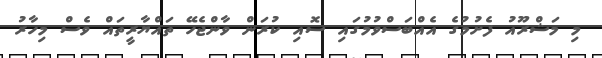
މި މަޝްރޫއު ފެށުމުގެ އެއްބަސްވުމުގައި ސޮއި ކުރަން ވާންޖެހޭ ތައްޔާރީތައް ވެސް މިހާރު